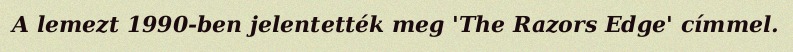
A lemezt 1990-ben jelentették meg 'The Razors Edge' címmel.